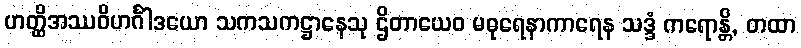
ဟတ္ထိအဿဝိဟင်္ဂါဒယော သကသကဋ္ဌာနေသု ဌိတာယေဝ မဓုရေနာကာရေန သဒ္ဒံ ကရောန္တိ, တထာ